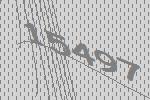
15497